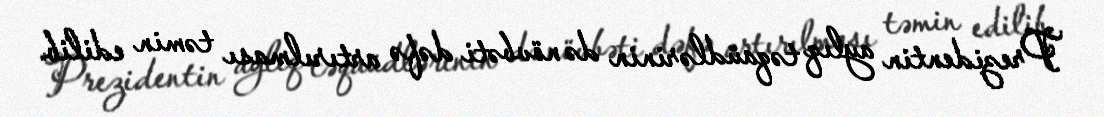
Prezidentin aylıq təqaüdlərinin də növbəti dəfə artırılması təmin edilib.